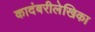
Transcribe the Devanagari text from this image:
कादंबरीलेखिका